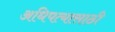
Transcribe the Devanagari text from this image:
अधिपत्यासाठी